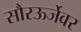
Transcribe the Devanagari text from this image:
सौरऊर्जेवर